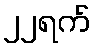
၂၂ရက်